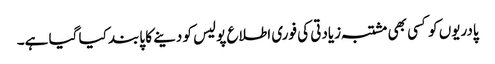
پادریوں کو کسی بھی مشتبہ زیادتی کی فوری اطلاع پولیس کو دینے کا پابند کیا گیا ہے۔